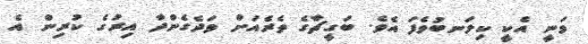
ވަނީ އެކީ ކިލަނބުވެފަ އެވެ. ބަގީޗާގެ ތެރެއަށް ވަދެގެންދާ އިރުގެ ކުރިން އެ